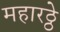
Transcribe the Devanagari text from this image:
महारठ्ठे